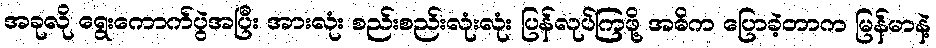
အခုလို ရွေးကောက်ပွဲအပြီး အားလုံး စည်းစည်းလုံးလုံး ပြန်လုပ်ကြဖို့ အဓိက ပြောခဲ့တာက မြန်မာနဲ့